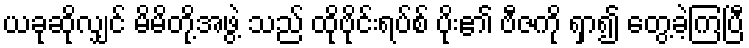
ယခုဆိုလျှင် မိမိတို့အဖွဲ့ သည် ထိုဗိုင်းရပ်စ် ပိုး၏ ဗီဇကို ရှာ၍ တွေ့ခဲ့ကြပြီ